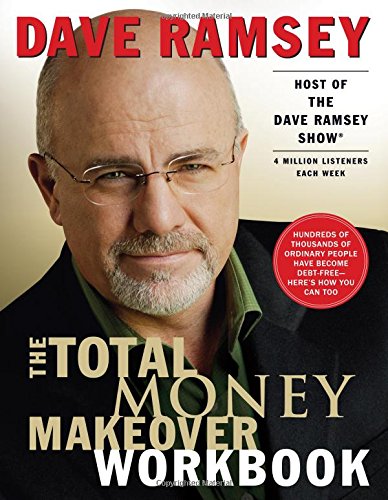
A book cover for The Total Money Makeover Workbook; Dave Ramsey; Business & Money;